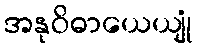
အနုဝိဓာယေယျုံ